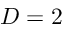
{ \cal D } = 2